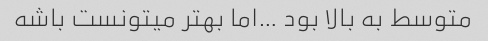
متوسط به بالا بود …اما بهتر میتونست باشه